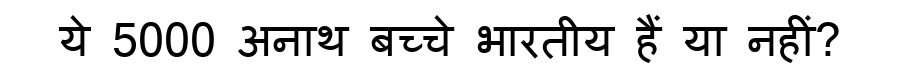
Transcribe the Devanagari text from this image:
ये 5000 अनाथ बच्चे भारतीय हैं या नहीं?